Annual administration report of the Civil Veterinary Department of India - 1898-1899
Year: 1898
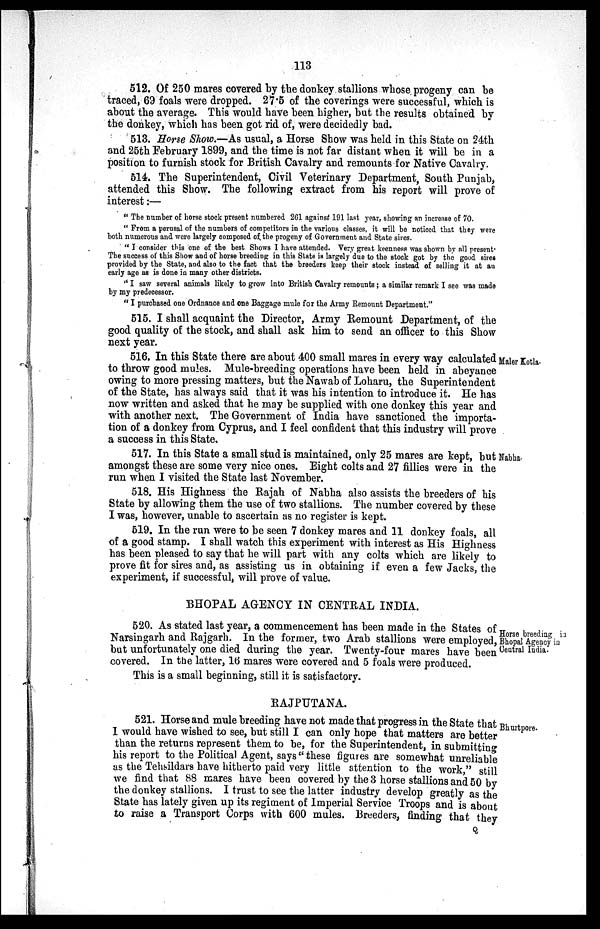
113
512. Of 250 mares covered by the donkey stallions whose progeny can be
traced, 69 foals were dropped. 27.5 of the coverings were successful, which is
about the average. This would have been higher, but the results obtained by
the donkey, which has been got rid of, were decidedly bad.
513. Horse Show.—As usual, a Horse Show was held in this State on 24th
and 25th February 1899, and the time is not far distant when it will be in a
position to furnish stock for British Cavalry and remounts for Native Cavalry.
514. The Superintendent, Civil Veterinary Department, South Punjab,
attended this Show. The following extract from his report will prove of
interest:—
"The number of horse stock present numbered 261 against 191 last year, showing an increase of 70.
"From a perusal of the numbers of competitors in the various classes, it will be noticed that they were
both numerous and were largely composed of the progeny of Government and State sires.
"I consider this one of the best Shows I have attended. Very great keenness was shown by all present.
The success of this Show and of horse breeding in this State is largely due to the stock got by the good sires
provided by the State, and also to the fact that the breeders keep their stock instead of selling it at an
early age as is done in many other districts.
"I saw several animals likely to grow into British Cavalry remounts; a similar remark I see was made
by my predecessor.
"I purchased one Ordnance and one Baggage mule for the Army Remount Department."
515. I shall acquaint the Director, Army Remount Department, of the
good quality of the stock, and shall ask him to send an officer to this Show
next year.
Maler Kotla.
516. In this State there are about 400 small mares in every way calculated
to throw good mules. Mule-breeding operations have been held in abeyance
owing to more pressing matters, but the Nawab of Loharu, the Superintendent
of the State, has always said that it was his intention to introduce it. He has
now written and asked that he may be supplied with one donkey this year and
with another next. The Government of India have sanctioned the importa-
tion of a donkey from Cyprus, and I feel confident that this industry will prove
a success in this State.
Nabha.
517. In this State a small stud is maintained, only 25 mares are kept, but
amongst these are some very nice ones. Eight colts and 27 fillies were in the
run when I visited the State last November.
518. His Highness the Rajah of Nabha also assists the breeders of his
State by allowing them the use of two stallions. The number covered by these
I was, however, unable to ascertain as no register is kept.
519. In the run were to be seen 7 donkey mares and 11 donkey foals, all
of a good stamp. I shall watch this experiment with interest as His Highness
has been pleased to say that he will part with any colts which are likely to
prove fit for sires and, as assisting us in obtaining if even a few Jacks, the
experiment, if successful, will prove of value.
BHOPAL AGENCY IN CENTRAL INDIA.
Horse breeding in
Bhopal Agency in
Central India.
520. As stated last year, a commencement has been made in the States of
Narsingarh and Rajgarh. In the former, two Arab stallions were employed,
but unfortunately one died during the year. Twenty-four mares have been
covered. In the latter, 16 mares were covered and 5 foals were produced.
This is a small beginning, still it is satisfactory.
RAJPUTANA.
Bhurtpore.
521. Horse and mule breeding have not made that progress in the State that
I would have wished to see, but still I can only hope that matters are better
than the returns represent them to be, for the Superintendent, in submitting
his report to the Political Agent, says "these figures are somewhat unreliable
as the Tehsildars have hitherto paid very little attention to the work, " still
we find that 88 mares have been covered by the 3 horse stallions and 50 by
the donkey stallions. I trust to see the latter industry develop greatly as the
State has lately given up its regiment of Imperial Service Troops and is about
to raise a Transport Corps with 600 mules. Breeders, finding that they
Q